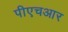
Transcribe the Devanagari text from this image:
पीएचआर